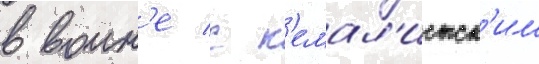
в воин'е с к'емал'истск'им